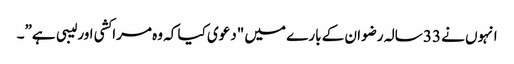
انہوں نے 33 سالہ رضوان کے بارے میں "دعوی کیا کہ وہ مراکشی اور لیبی ہے”۔